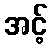
အင့်